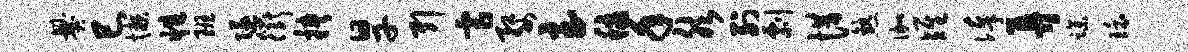
爨巳懒性班隧衢挟旱引虐婺至秋年然列剽惜熟伽雉俸弄躁环